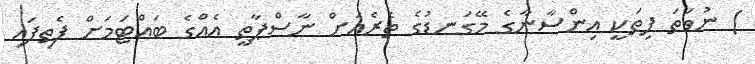
) ނުވަތަ ފިތަކީ އިންސާނާގެ މޭގަނޑުގެ ތެރެއަށް ނާސްޕާތީ އެއްގެ ބައްޓަމަށް ފެތިފައި